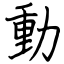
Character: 動